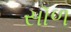
સૉળ